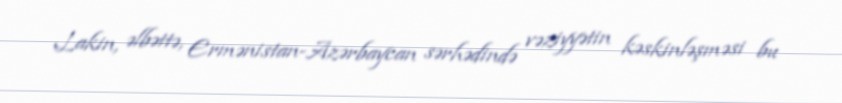
Lakin, əlbəttə, Ermənistan-Azərbaycan sərhədində vəziyyətin kəskinləşməsi bu